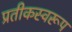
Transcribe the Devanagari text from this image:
प्रतीकस्वरूप